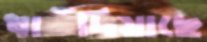
ধাঁদিয়াছে